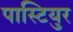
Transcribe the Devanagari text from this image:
पास्टियुर